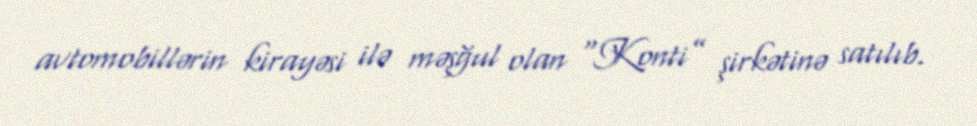
avtomobillərin kirayəsi ilə məşğul olan “Konti” şirkətinə satılıb.